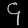
Digit: ၄